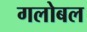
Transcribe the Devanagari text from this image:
गलोबल